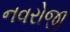
નવરોજી